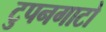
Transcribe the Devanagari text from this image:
टुपनगाटो